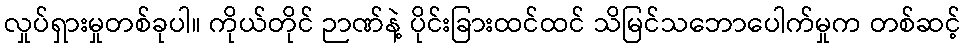
လှုပ်ရှားမှုတစ်ခုပါ။ ကိုယ်တိုင် ဉာဏ်နဲ့ ပိုင်းခြားထင်ထင် သိမြင်သဘောပေါက်မှုက တစ်ဆင့်